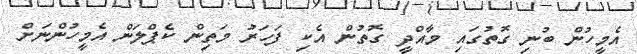
އެމީހުން ބުނި ގޮތުގައި މާއްދީ ގޮތުން އެކި ފަހަރު މަތިން ކެޕްލަން އެމީހުންނަށް